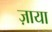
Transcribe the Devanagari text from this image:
ज़ाया